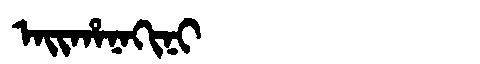
Manchu: ᠠᡳᡥᠠᠨᠠᡴᡳᠨᡳ
Romanization: AIHANAKINI